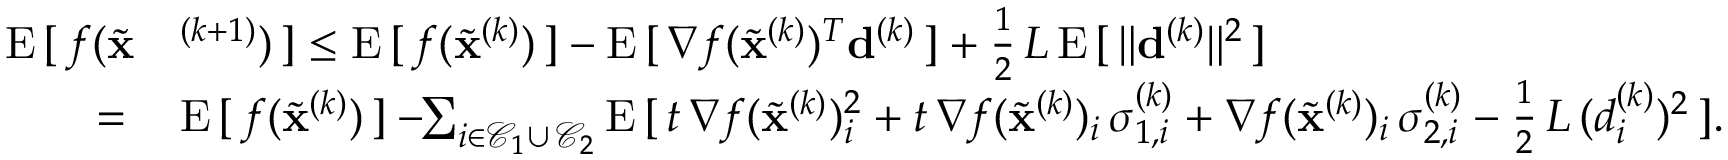
\begin{array} { r l } { \mathrm { E } \, [ \, f ( \widetilde \mathbf { x } } & { ^ { ( k + 1 ) } ) \, ] \le \mathrm { E } \, [ \, f ( \widetilde \mathbf { x } ^ { ( k ) } ) \, ] - \mathrm { E } \, [ \, \nabla f ( \widetilde \mathbf { x } ^ { ( k ) } ) ^ { T } \mathbf { d } ^ { ( k ) } \, ] + \frac { 1 } { 2 } \, L \, \mathrm { E } \, [ \, \Vert \mathbf { d } ^ { ( k ) } \Vert ^ { 2 } \, ] } \\ { = \, } & { \mathrm { E } \, [ \, f ( \widetilde \mathbf { x } ^ { ( k ) } ) \, ] - \! \! \sum _ { i \in { \mathcal { C } } _ { 1 } \cup \, { \mathcal { C } } _ { 2 } } \mathrm { E } \, [ \, t \, \nabla f ( \widetilde \mathbf { x } ^ { ( k ) } ) _ { i } ^ { 2 } + t \, \nabla f ( \widetilde \mathbf { x } ^ { ( k ) } ) _ { i } \, \sigma _ { 1 , i } ^ { ( k ) } + \nabla f ( \widetilde \mathbf { x } ^ { ( k ) } ) _ { i } \, \sigma _ { 2 , i } ^ { ( k ) } - \frac { 1 } { 2 } \, L \, ( d _ { i } ^ { ( k ) } ) ^ { 2 } \, ] . } \end{array}